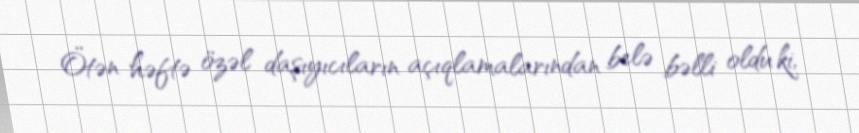
Ötən həftə özəl daşıyıcıların açıqlamalarından belə bəlli oldu ki,